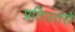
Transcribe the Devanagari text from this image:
प्रतिउत्तरों